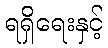
ရရှိရေးနှင့်